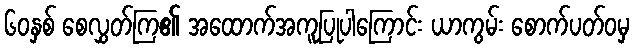
၆၀နှစ် စေလွှတ်ကြ၏ အထောက်အကူပြုပါကြောင်း ယာကွမ်း စောက်ပတ်ဝမှ